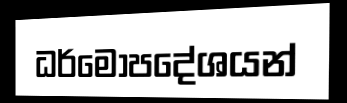
ධර්මෝපදේශයන්